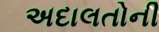
અદાલતોની